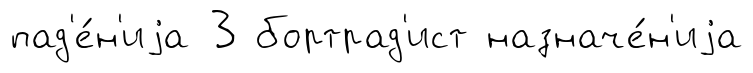
пад'е́н'иjа 3 бортрад'ист назначе́н'иjа